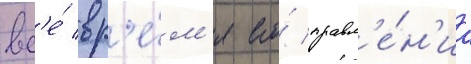
вс'е́ вр'е́м'я его́ правл'е́н'иа